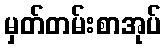
မှတ်တမ်းစာအုပ်